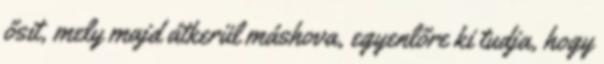
ősit, mely majd átkerül máshova, egyenlőre ki tudja, hogy